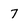
Character: 7